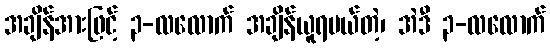
အချိန်အားဖြင့် ၃-လလောက် အချိန်ယူရမယ်တဲ့၊ အဲဒီ ၃-လလောက်